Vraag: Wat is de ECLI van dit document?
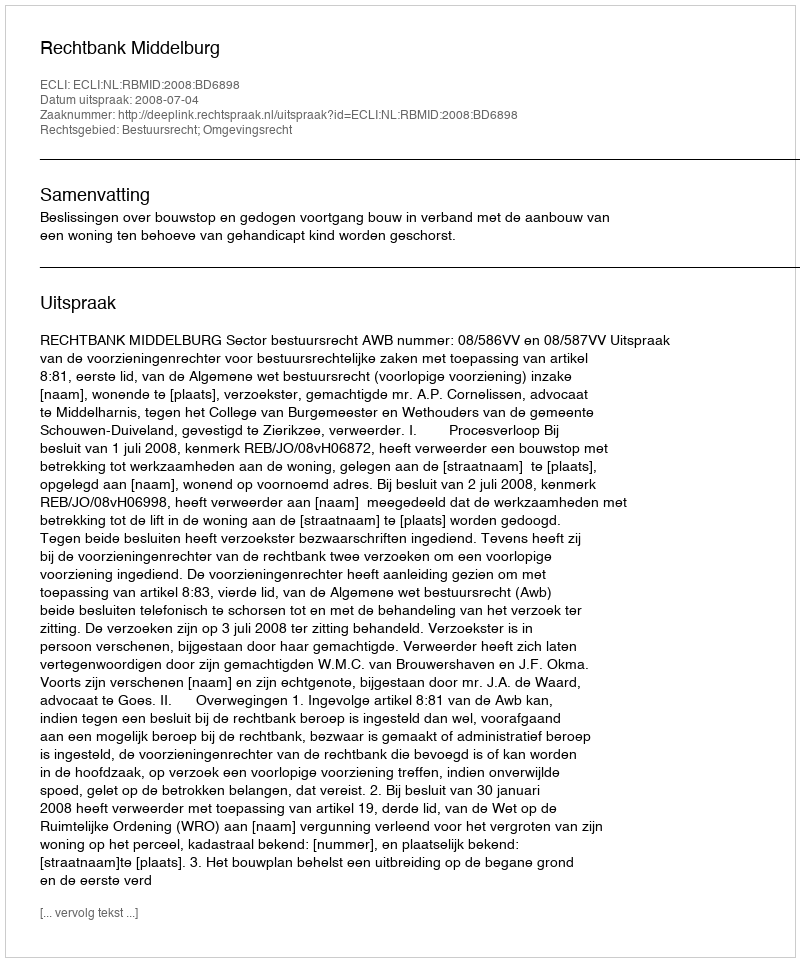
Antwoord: ECLI:NL:RBMID:2008:BD6898